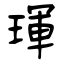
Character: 琿